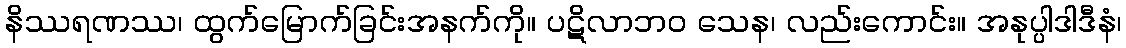
နိဿရဏဿ၊ ထွက်မြောက်ခြင်းအနက်ကို။ ပဋိလာဘဝ သေန၊ လည်းကောင်း။ အနုပ္ပါဒါဒီနံ၊